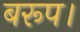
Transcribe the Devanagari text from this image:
बरूप।